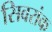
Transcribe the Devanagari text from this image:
सिवरांक